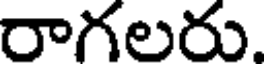
రాగలరు.